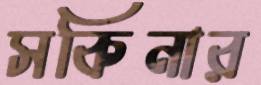
সকিনার